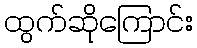
ထွက်ဆိုကြောင်း